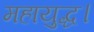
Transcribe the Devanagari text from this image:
महायुद्ध।